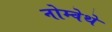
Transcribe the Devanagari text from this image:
नोम्वेथे